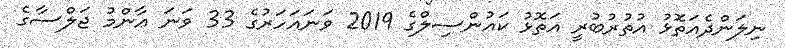
ނިލަންދެއަތޮޅު އުތުރުބުރީ އަތޮޅު ކައުންސިލްގެ 2019 ވަނައަހަރުގެ 33 ވަނަ ޢާންމު ޖަލްސާގެ